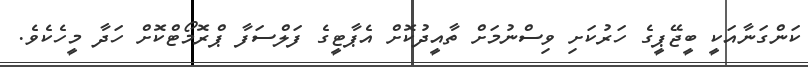
ކަންގަނާއަކީ ބީޖޭޕީގެ ހަރުކަށި ވިސްނުމަށް ތާއީދުކޮށް އެޕާޓީގެ ފަލްސަފާ ޕްރޮމޯޓްކޮށް ހަދާ މީހެކެވެ.